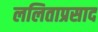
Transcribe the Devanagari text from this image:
ललिताप्रसाद